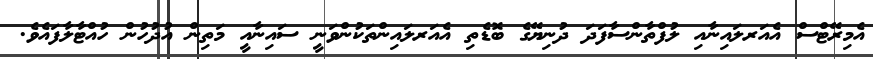
އެމިރޭޓްސް އެއަރލައިނާއި ލުފްތާންސާފަދަ ދުނިޔޭގެ ބޮޑެތި އެއަރލައިންތަކުންވަނީ ސައިނާއީ މަތިން އުދުހުން ހުއްޓާލާފައެވެ.